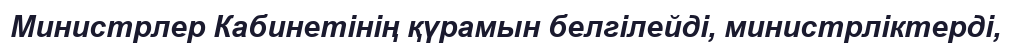
Министрлер Кабинетінің қүрамын белгілейді, министрліктерді,